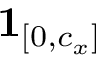
\mathbf { 1 } _ { [ 0 , c _ { x } ] }